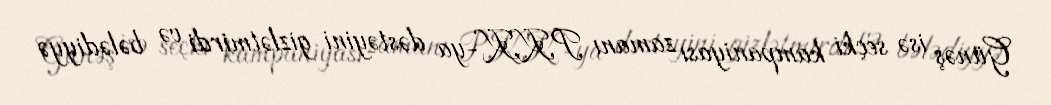
Günəş isə seçki kampaniyası zamanı PKK-ya dəstəyini gizlətmirdi və bələdiyyə